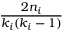
\frac { 2 n _ { i } } { k _ { i } ( k _ { i } - 1 ) }